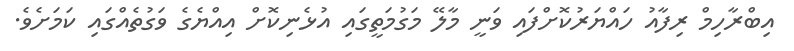
އިބްރާހިމް ރިފާއު ހައްޔަރުކޮށްފައި ވަނީ މާލޭ މަގުމަތީގައި އުޅެނިކޮށް އިއްޔެގެ ވަގުތެއްގައި ކަމަށެވެ.